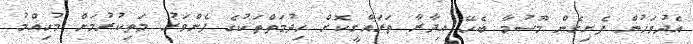
އެދުވަހުން ފެށިގެން މޫސުމާ ބެހޭ އިދާރާ ތަރައްގީކޮށް ހިދުމަތްތަކުގެ ފެންވަރު މަތިކުރުމަށް މުހިއްމު